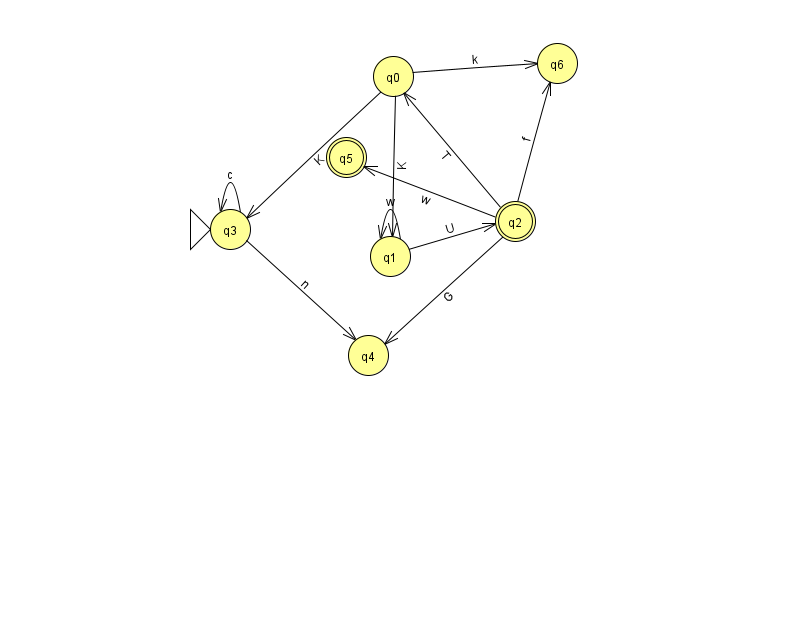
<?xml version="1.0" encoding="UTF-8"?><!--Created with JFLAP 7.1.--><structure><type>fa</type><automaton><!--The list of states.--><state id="0" name="q0"><x>393.0</x><y>63.0</y></state><state id="1" name="q1"><x>390.0</x><y>243.0</y></state><state id="2" name="q2"><x>515.0</x><y>208.0</y><final/></state><state id="3" name="q3"><x>230.0</x><y>216.0</y><initial/></state><state id="4" name="q4"><x>368.0</x><y>342.0</y></state><state id="5" name="q5"><x>346.0</x><y>144.0</y><final/></state><state id="6" name="q6"><x>557.0</x><y>50.0</y></state><!--The list of transitions.--><transition><from>2</from><to>6</to><read>f</read></transition><transition><from>3</from><to>3</to><read>c</read></transition><transition><from>1</from><to>2</to><read>U</read></transition><transition><from>2</from><to>0</to><read>T</read></transition><transition><from>2</from><to>4</to><read>G</read></transition><transition><from>1</from><to>1</to><read>w</read></transition><transition><from>2</from><to>5</to><read>w</read></transition><transition><from>0</from><to>1</to><read>K</read></transition><transition><from>3</from><to>4</to><read>n</read></transition><transition><from>0</from><to>3</to><read>K</read></transition><transition><from>0</from><to>6</to><read>k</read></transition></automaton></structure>